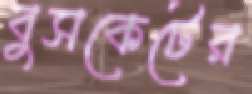
বুসকেটের